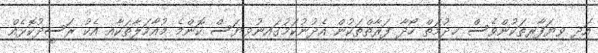
އަދި ވިޔަފާރިތަކުންވެސް ޚިދުމަތް ހޯދާ ފަރާތްތަކުން އެދުނުކަމުގައިނުވިޔަސް ކޮންމެ މުއާމަލާތަކާއި އެކު ރަސީދުކޮޅެއް